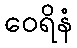
ဝေရိနံ